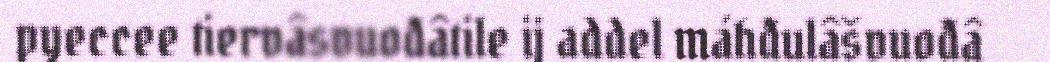
pyeccee tiervâsvuođâtile ij addel máhđulâšvuođâ